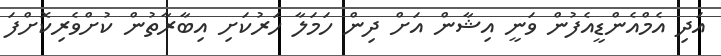
އަދި އެމްއެންޑީއެފުން ވަނީ އިޝާން އަށް ދިން ހަމަލާ ހަރުކަށި އިބާރާތުން ކުށްވެރިކޮށްފަ